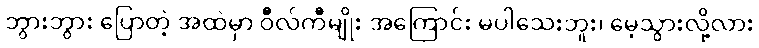
ဘွားဘွား ပြောတဲ့ အထဲမှာ ဝီလ်ကီမျိုး အကြောင်း မပါသေးဘူး၊ မေ့သွားလို့လား